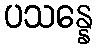
ပသန္နေ